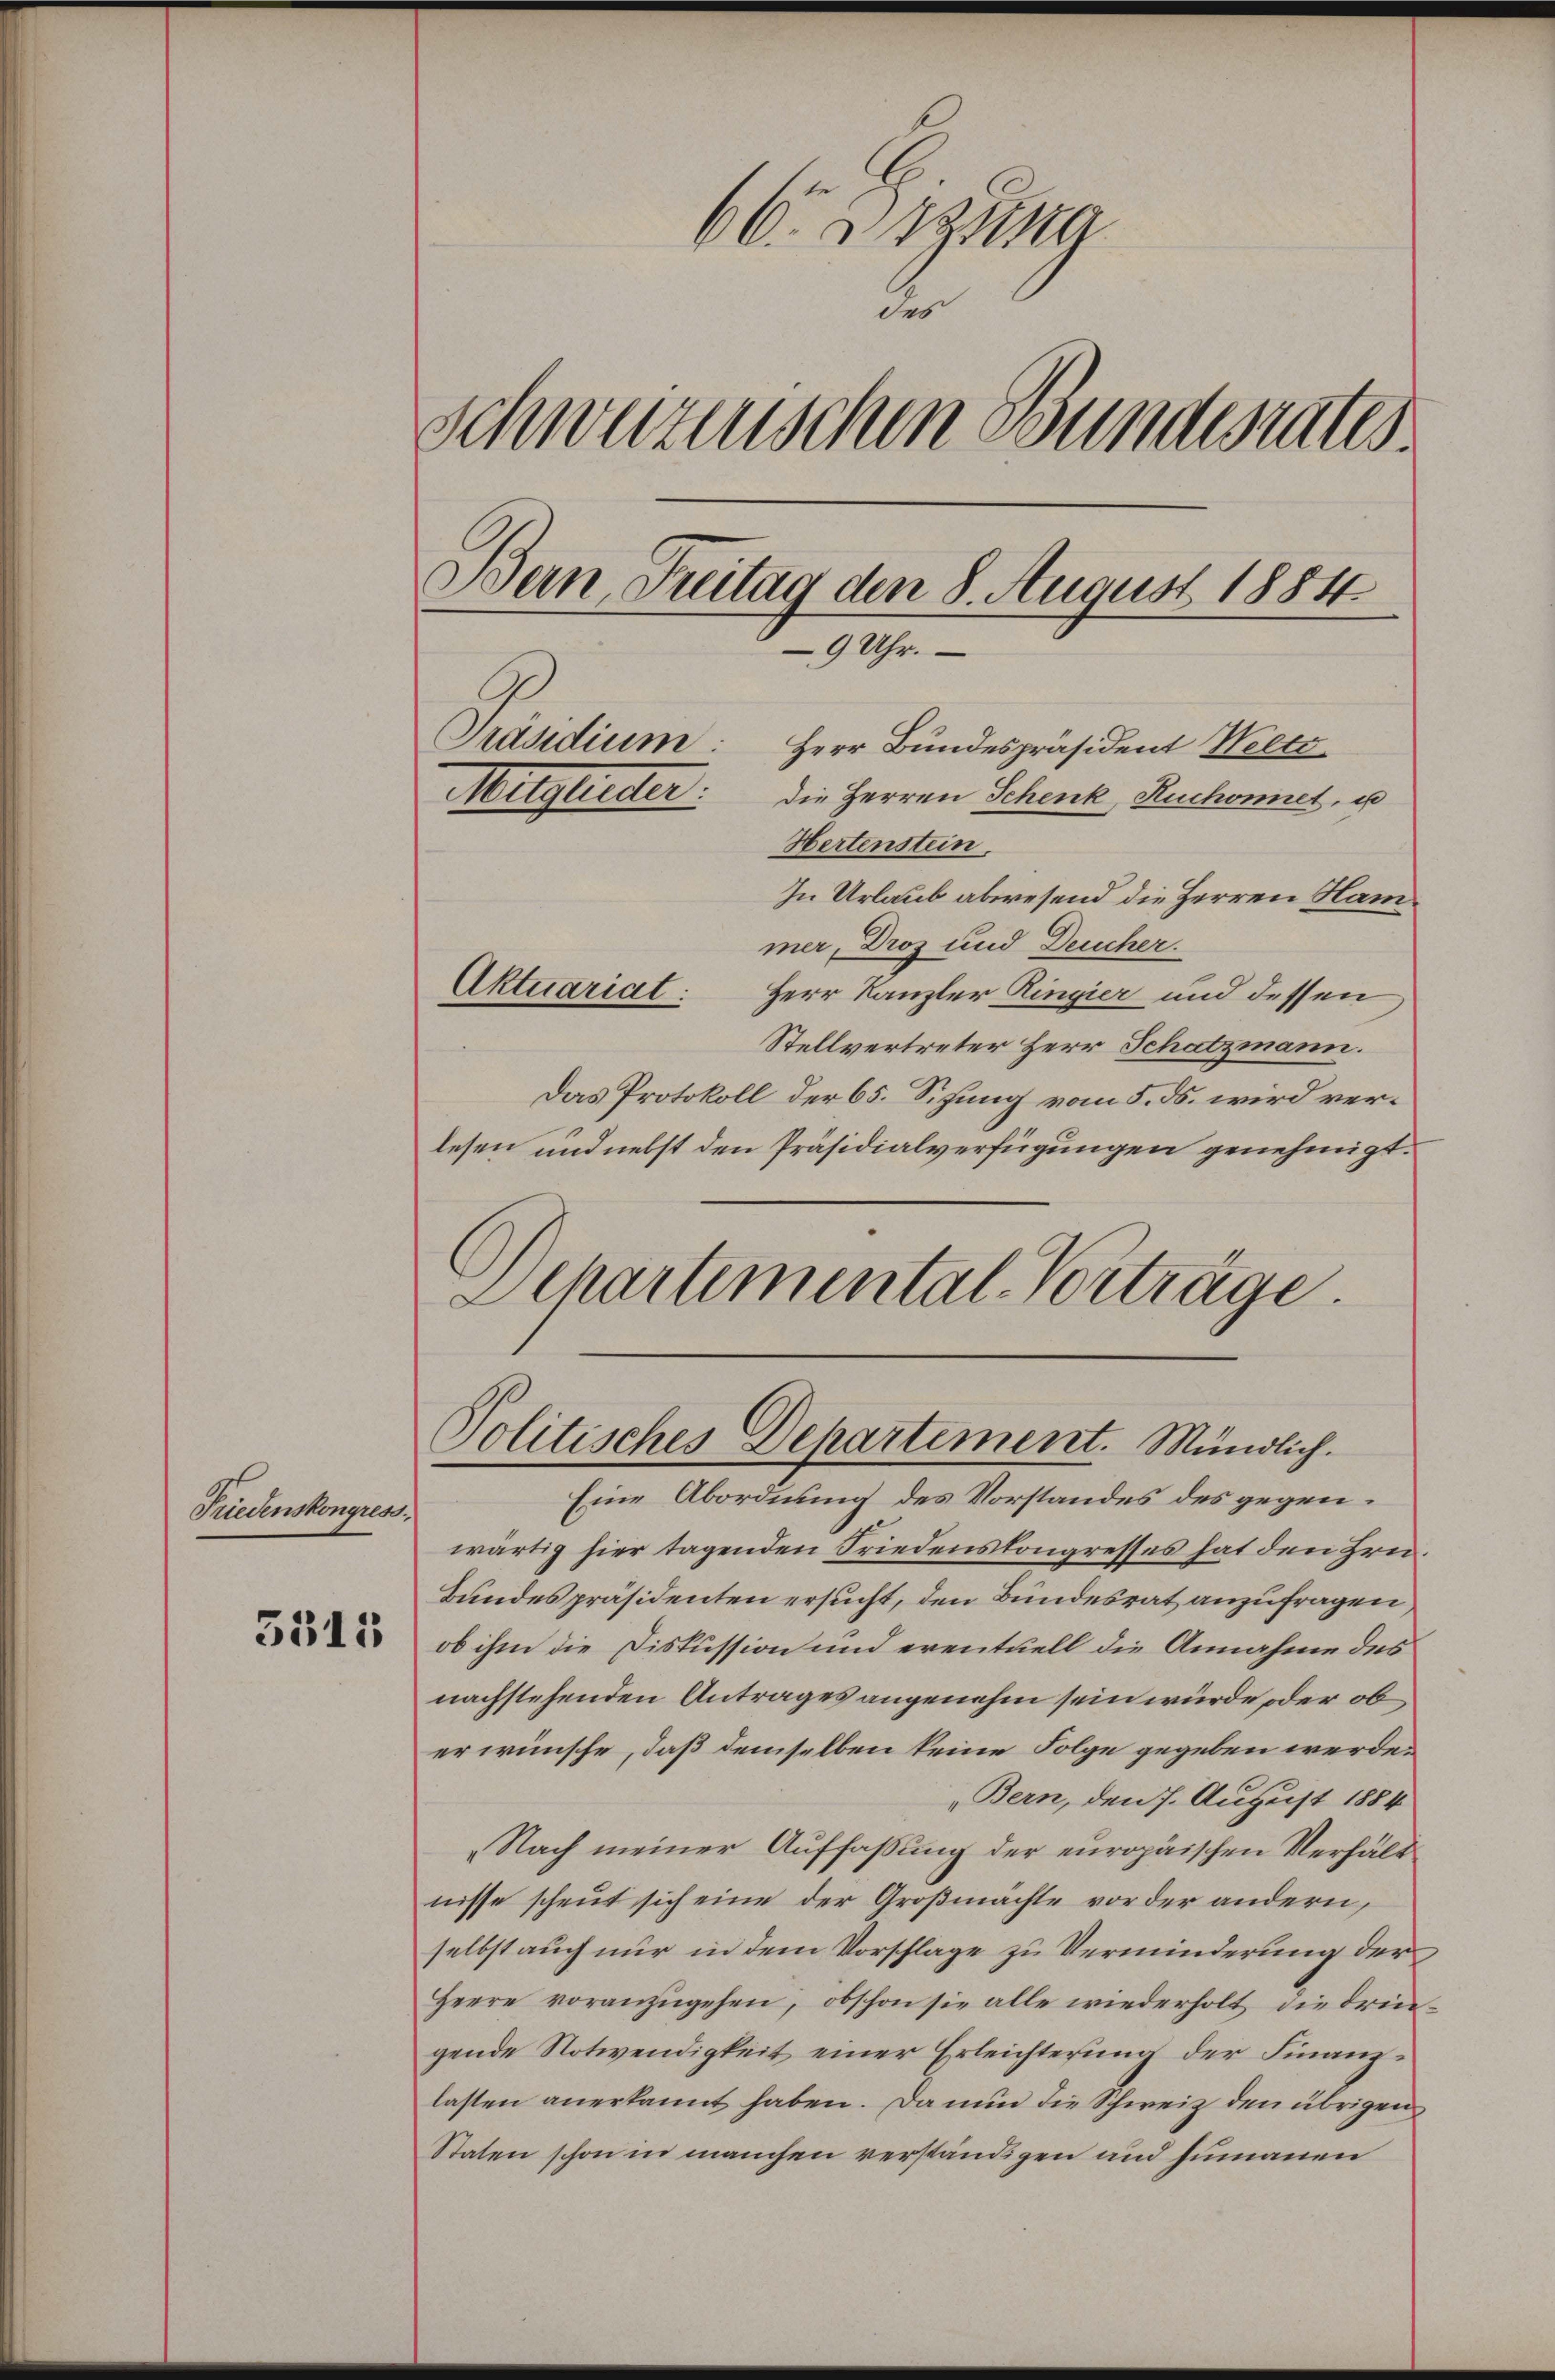
Friedenskongress

5315

66. 283 g
des
Schweizenschen Bundesrates.
Bern, Freitag den 8. August 1884
9 Uhr.
Präsidium: Herr Bundespräsident Welti
Mitglieder: die Herren Schenk, Ruchonnet, u
Hertenstein.

Aktuariat:

In Urlaub abwesend die Herren Hammer, Droz und Deucher.
Herr Kanzler Ringier und dessen
Stellvertreter Herr Schatzmann.
Das Protokoll der 65. Sitzung vom 5. ds. wird verlesen und nebst den Präsidialverfügungen genehmigt.
Dchartemental-Vorträge.

Politisches Departement. Mündlich.

Eine Abordnung des Vorstandes des gegenwärtig hier tagenden Friedenskongresses hat den Hrn.
Bundespräsidenten ersucht, den Bundesrat anzufragen
ob ihm die Diskussion und eventuell die Annahme des
nachstehenden Antrages angenehm sein würde oder ob
er wünsche, daß demselben keine Folge gegeben werde.
Bern, den 7. August 1884
„Nach meiner Auffassung der europäischen Verhält
nisse scheut sich eine der Großmächte vor der andern,
selbst auch nur in dem Vorschlage zu Verminderung der
Heere voranzŭgehen, obschon sie alle wiederholt die dringende Notwendigkeit einer Erleichterung der Finanzlasten anerkannt haben. Da nun die Schweiz den übrigen
Staten schon in manchen verständigen und humanen